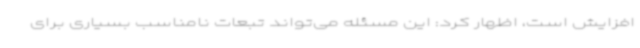
افزایش است، اظهار کرد: این مسئله می‌تواند تبعات نامناسب بسیاری برای